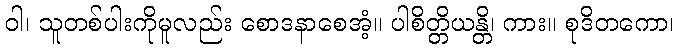
ဝါ၊ သူတစ်ပါးကိုမူလည်း စောဒနာစေအံ့။ ပါစိတ္တိယန္တိ၊ ကား။ စုဒိတကော၊